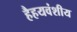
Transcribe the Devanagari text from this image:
हैहयवंशीय